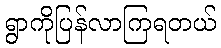
ရွာကိုပြန်လာကြရတယ်